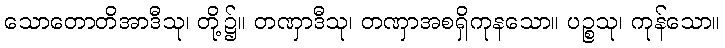
သောတောတိအာဒီသု၊ တို့၌။ တဏှာဒီသု၊ တဏှာအစရှိကုနသော။ ပဉ္စသု၊ ကုန်သော။